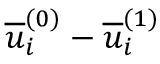
\overline { { u } } _ { i } ^ { ( 0 ) } - \overline { { u } } _ { i } ^ { ( 1 ) }